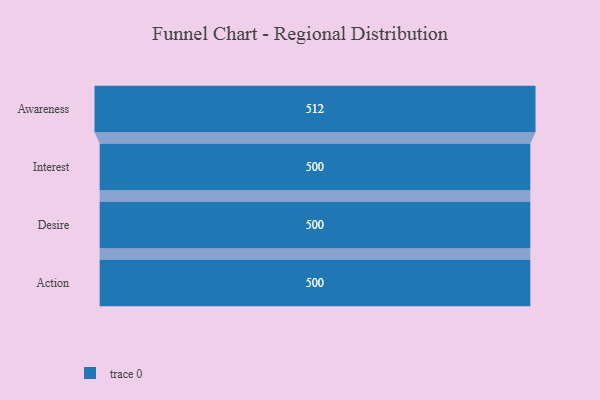
{"axis": {"x": "Stage", "y": "Value"}, "legend": [""], "data": [{"x": "Awareness", "y": 512.0, "type": ""}, {"x": "Interest", "y": 500, "type": ""}, {"x": "Desire", "y": 500, "type": ""}, {"x": "Action", "y": 500, "type": ""}]}